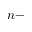
n -